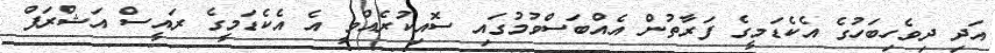
އަދި ދިވެހިބަހުގެ އެކެޑަމީގެ ފަރާތުން އެއްބަސްވުމުގައި ސޮއިކުރެއްވީ އެ އެެކެޑަމީގެ ރައީސް އަޝްރަފް